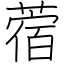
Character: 蓿